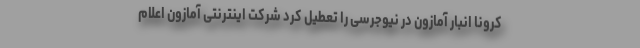
کرونا انبار آمازون در نیوجرسی را تعطیل کرد شرکت اینترنتی آمازون اعلام